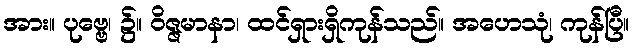
အား။ ပုဗ္ဗေ၊ ၌။ ဝိဇ္ဇမာနာ၊ ထင်ရှားရှိကုန်သည်။ အဟေသုံ၊ ကုန်ပြီ။